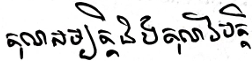
គុណសម្បត្តិនិងគុណវិបត្តិ